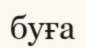
буға